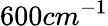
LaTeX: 600cm^{-1}